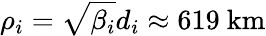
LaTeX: \rho_{i}=\sqrt{\beta_{i}}d_{i}\approx 619~\mathrm{km}